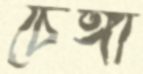
চেঙ্গা